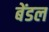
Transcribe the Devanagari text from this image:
बेंडल